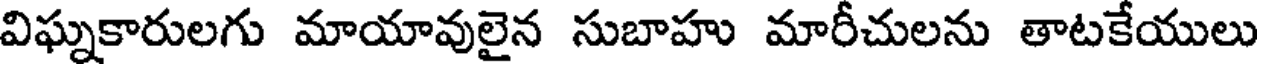
విఘ్నకారులగు మాయావులైన సుబాహు మారీచులను తాటకేయులు